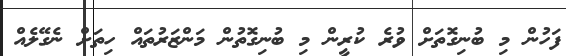
ފަހުން މި ބުނިގޮތަށް ވުރެ ކުރީން މި ބުނިގޮތުން މަންޒަރުތައް ހިތަށް ނެގޭލެއް